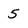
Character: 5